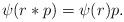
LaTeX: \begin{align*} \psi(r*p) = \psi(r)p. \end{align*}